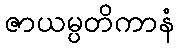
ဇာယမ္ပတိကာနံ